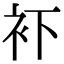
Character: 𧘔